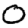
Digit: 0